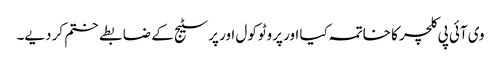
وی آئی پی کلچر کا خاتمہ کیا اور پروٹوکول اور پرسٹیج کے ضابطے ختم کر دیے۔